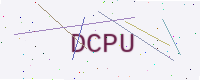
Text: DCPU